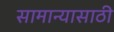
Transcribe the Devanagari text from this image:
सामान्यासाठी